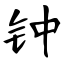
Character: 钟